Reports on military cantonments and civil stations in the Presidency of Bombay inspected by the Sanitary Commissioner in the years 1875 and 1876
Year: 1875
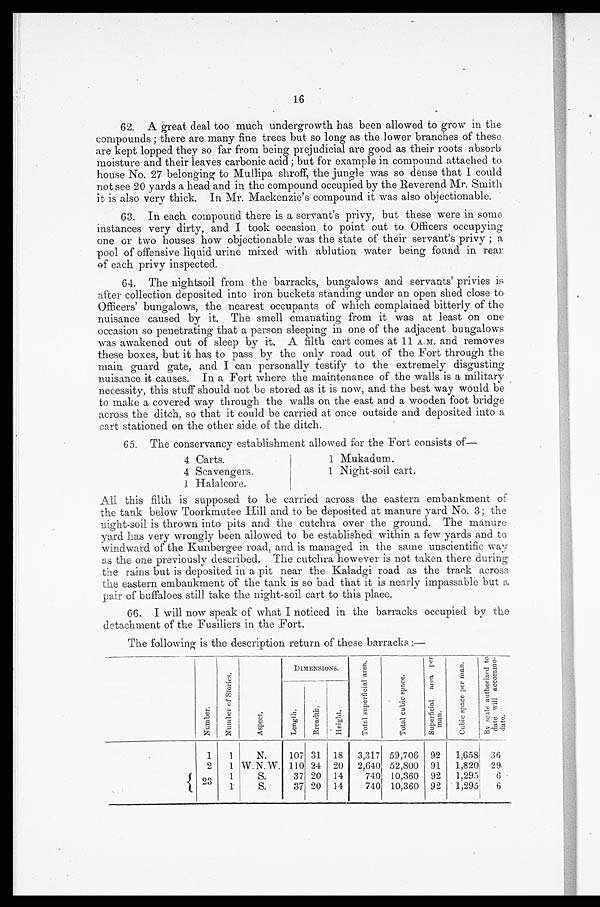
16
62. A great deal too much undergrowth has been allowed to grow in the
compounds ; there are many fine trees but so long as the lower branches of these
are kept lopped they so far from being prejudicial are good as their roots absorb
moisture and their leaves carbonic acid; but for example in compound attached to
house No. 27 belonging to Mullipa shroff, the jungle was so dense that I could
not see 20 yards a head and in the compound occupied by the Reverend Mr. Smith
it is also very thick. In Mr. Mackenzie's compound it was also objectionable.
63. In each compound there is a servant's privy, but these were in some
instances very dirty, and I took occasion . to point out to Officers occupying
one or two houses how objectionable was the state of their servant's privy ; a
pool of offensive liquid urine mixed with ablution water being found in rear
of each privy inspected.
64. The nightsoil from the barracks, bungalows and servants' privies is
after collection deposited into iron buckets standing under an open shed close to
Officers' bungalows, the nearest occupants of which complained bitterly of the
nuisance caused by it. The smell emanating from it was at least on one
occasion so penetrating that a person sleeping in one of the adjacent bungalows
was awakened out of sleep by it. A filth cart comes at 11 A.M and removes
these boxes, but it has to pass by the only road out of the Fort through the
main guard gate, and I can personally testify to the extremely disgusting
nuisance it causes. In a Fort where the maintenance of the walls is a military
necessity, this stuff should not be stored as it is now, and the best way would be
to make a covered way through the walls on the east and a wooden foot bridge
across the ditch, so that it could be carried at once outside and deposited into a
cart stationed on the other side of the ditch.
65. The conservancy establishment allowed for the Fort consists of
—
4 Carts.
1 Mukadum.
4 Scavengers.
1 Night-soil cart.
1 Halalcore.
All this filth is supposed to be carried across the eastern embankment of
the tank below Toorkmutee Hill and to be deposited at manure yard No. 3; the
night-soil is thrown into pits and the cutchra over the ground. The manure
yard has very wrongly been allowed to be established within a few yards and to
windward of the Kunbergee road, and is managed in the same unscientific way
as the one previously described. The cutchra however is not taken there during
the rains but is deposited in a pit near the Kaladgi road as the track across
the eastern embankment of the tank is so bad that it is nearly impassable but a
pair of buffaloes still take the night-soil cart to this place.
66. I will now speak of what I noticed in the barracks occupied by the
detachment of the Fusiliers in the Fort.
The following is the description return of these barracks :—
N u m b e r .
N u m b e r o f S t o r i e s .
A s p e c t .
DIM ENSIONS.
T o t a l S u p e r f i c i a l a r e a .
T o t a l c u b i c s p a c e .
S u p e r f i c i a l a r e a p e r m a n .
C u b i c s p a c e p e r m a n .
C.:3
B y s c a l e a u t h o r i z e d t o d a t e w i l l a c c o m m o d a t e .
L e n g t h . B r e a d t h .
H e i g h t .
r
.
1
1
N.
107 31
18
3,317 59,706 92
1,658 36
2
1 W. N. W. 110 24 20
2,640 52,800 91
1,820 29
2 3
1
S.
37 20
14
740 10,360 92
1,295
6
1
S.
37 20
1
14
740 10,360 92
1,295
6